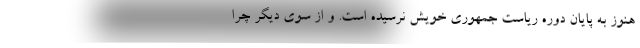
هنوز به پایان دوره ریاست جمهوری خویش نرسیده است. و از سوی دیگر چرا